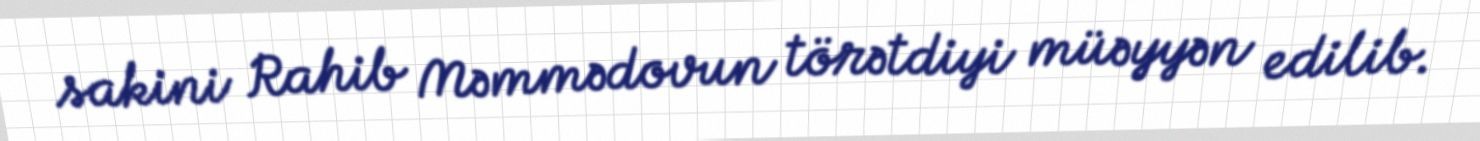
sakini Rahib Məmmədovun törətdiyi müəyyən edilib.